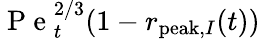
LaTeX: \mathrm{~P~e~}_{t}^{2/3}(1-r_{\mathrm{peak},I}(t))